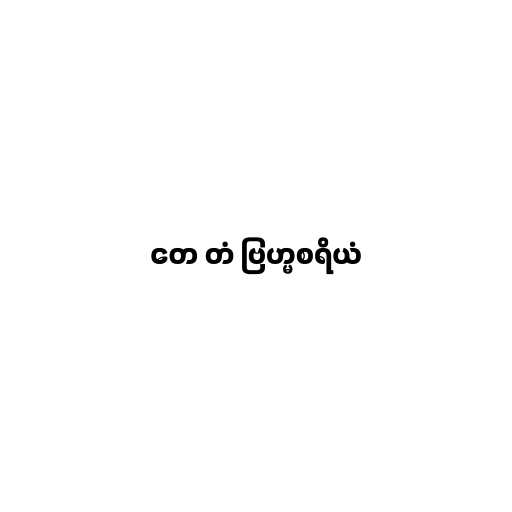
တေ တံ ဗြဟ္မစရိယံ